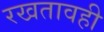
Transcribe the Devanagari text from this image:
रखतावही